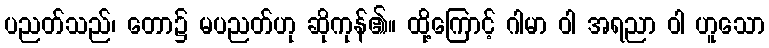
ပညတ်သည်၊ တော၌ မပညတ်ဟု ဆိုကုန်၏။ ထို့ကြောင့် ဂါမာ ဝါ အရညာ ဝါ ဟူသော